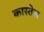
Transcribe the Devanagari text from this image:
कास्तेल